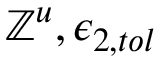
\mathbb { Z } ^ { u } , \epsilon _ { 2 , t o l }